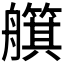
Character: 𦪵